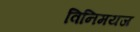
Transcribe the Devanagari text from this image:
विनिमयज